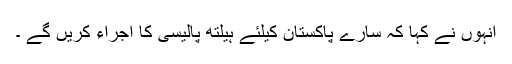
انہوں نے کہا کہ سارے پاکستان کیلئے ہیلتھ پالیسی کا اجراء کریں گے ۔